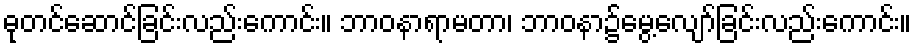
ဓုတင်ဆောင်ခြင်းလည်းကောင်း။ ဘာဝနာရာမတာ၊ ဘာဝနာ၌မွေ့လျော်ခြင်းလည်းကောင်း။